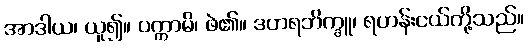
အာဒါယ၊ ယူ၍။ ပက္ကာမိ၊ ဖဲ၏။ ဒဟရဘိက္ခူ၊ ရဟန်းငယ်တို့သည်။